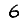
Digit: 6